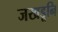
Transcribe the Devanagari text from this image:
जखडूनि